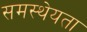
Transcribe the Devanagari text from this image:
समस्थेयता